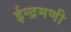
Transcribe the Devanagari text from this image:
ईन्द्रमणी